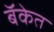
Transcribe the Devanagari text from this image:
बॅकेत